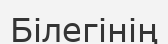
Білегінің